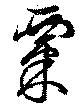
粟